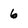
Character: 6